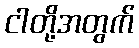
ငါတို့အတွက်